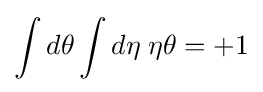
\int d\theta \int d\eta \;\eta \theta =+1